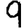
Digit: 9